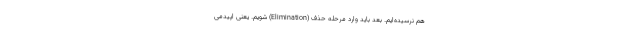
هم نرسیده‌ایم. بعد باید وارد مرحله حذف (Elimination) شویم. یعنی اپیدمی